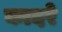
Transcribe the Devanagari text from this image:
कादरे